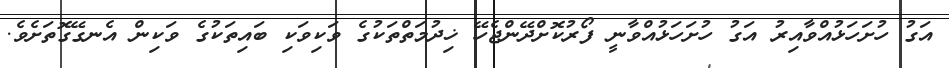
އަގު ހުށަހަޅުއްވާއިރު އަގު ހުށަހަޅުއްވާނީ ފޯރުކޮށްދޭންޖެހޭ ޚިދުމަތްތަކުގެ ވަކިވަކި ބައިތަކުގެ ވަކިން އެނގޭގޮތަށެވެ.